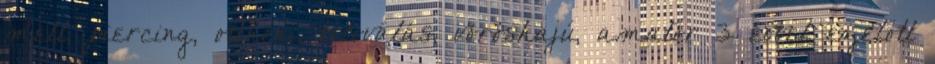
mell, piercing, otthoni, tetoválás, vöröshajú, amatőr 3 évvel ezelőtt